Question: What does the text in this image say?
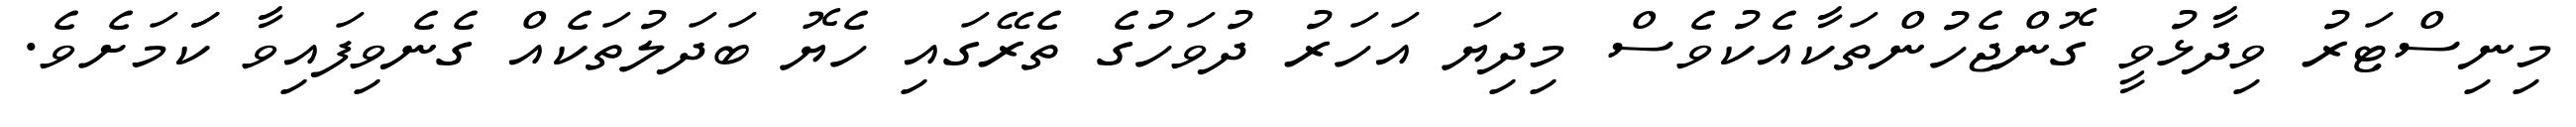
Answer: މިނިސްޓަރު ވިދާޅުވީ ގޮންޖެހުންތަކާއެކުވެސް މިދިޔަ އަހަރު ދުވަހުގެ ތެރޭގައި ހެޔޮ ބަދަލުތަކެއް ގެނެވިފައިވާ ކަަމަށެވެ.